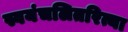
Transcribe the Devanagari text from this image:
स्वयंचलितरित्या